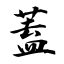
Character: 蓋